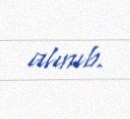
alınıb.